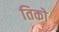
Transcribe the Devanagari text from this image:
तिको